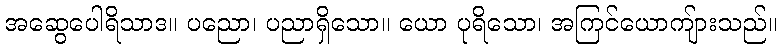
အဆွေပေါရိသာဒ။ ပညော၊ ပညာရှိသော။ ယော ပုရိသော၊ အကြင်ယောကျ်ားသည်။